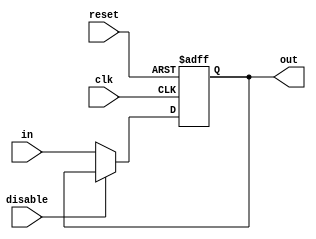
module DisableBlock (
    input wire clk,         // Clock signal
    input wire reset,       // Reset signal (active high)
    input wire disable,     // Control signal to disable the block
    input wire [N-1:0] in,  // Input signal (N-bit wide)
    output reg [N-1:0] out  // Output signal (N-bit wide)
);
    parameter N = 8;        // Width of input and output

    // Always block to handle the output behavior
    always @(posedge clk or posedge reset) begin
        if (reset) begin
            out <= {N{1'b0}}; // Reset output to zero
        end else if (!disable) begin
            out <= in;        // Pass input to output when not disabled
        end
        // If disabled, retain the previous output value (transparent behavior)
    end
endmodule